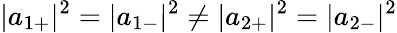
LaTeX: |{a}_{1+}|^{2}=|{a}_{1-}|^{2}\neq|{a}_{2+}|^{2}=|{a}_{2-}|^{2}